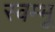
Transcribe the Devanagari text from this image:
स्वम्भू